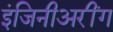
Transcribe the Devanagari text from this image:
इंजिनीअरींग